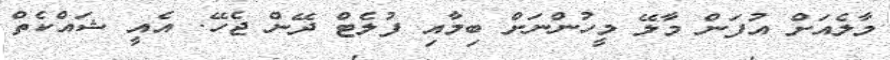
މާލެއަށް އުފަން މާލޭ މީހުންނަށް ބިމާއި ފުލެޓް ދޭން ޖެހޭ. އެއީ ޝައްކެތް